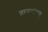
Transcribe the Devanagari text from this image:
तानसंग्रह